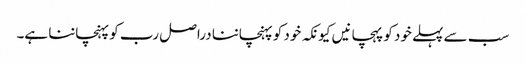
سب سے پہلے خود کو پہچانیں کیونکہ خود کو پہنچاننا دراصل رب کو پہنچاننا ہے۔